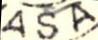
ASA